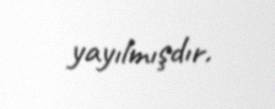
yayılmışdır.